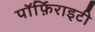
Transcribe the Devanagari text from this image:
पॉर्फ़िराइटी